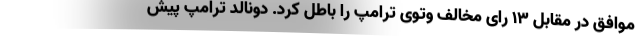
موافق در مقابل ۱۳ رای مخالف وتوی ترامپ را باطل کرد. دونالد ترامپ پیش